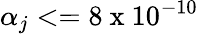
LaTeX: \alpha_{j}<=8\mathrm{~x~}10^{-10}